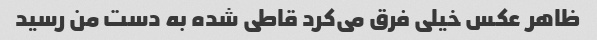
ظاهر عکس خیلی فرق می‌کرد قاطی شده به دست من رسید